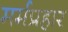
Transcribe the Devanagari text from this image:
मर्मप्रहार